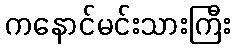
ကနောင်မင်းသားကြီး